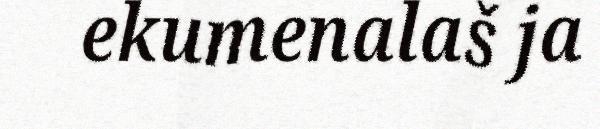
ekumenalaš ja